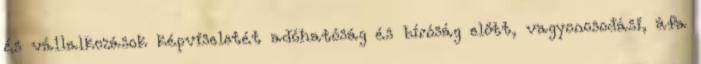
és vállalkozások képviseletét adóhatóság és bíróság előtt, vagyonosodási, áfa